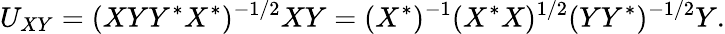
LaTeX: U_{XY}=(XYY^{*}X^{*})^{-1/2}XY=(X^{*})^{-1}(X^{*}X)^{1/2}(YY^{*})^{-1/2}Y.